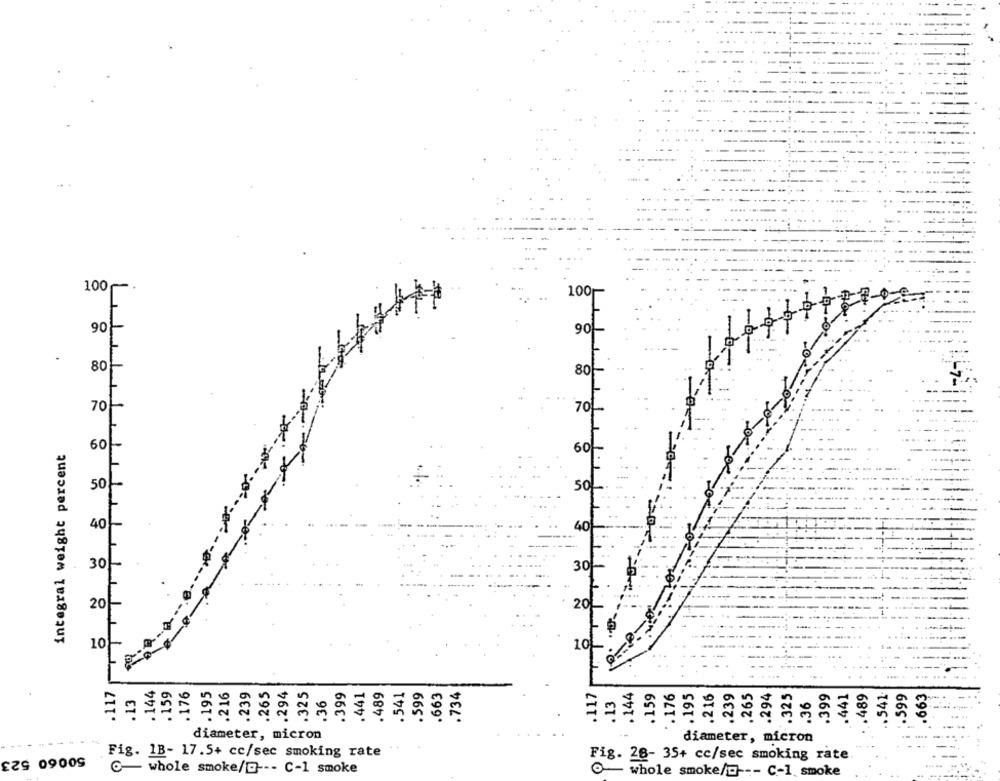
100.
100
90
901-
80
80
70
70
integral weight percent
60
60
50
50
40
60
30
30
20
20
101
10
117
. 144
. 159
. 176
.195
216
.239
.265
.294
.325
.399
.441
.489
.541
.599
.663
.734
.117
. 144
.159
.176
. 195
.239
.265
.294
.325
.399
.441
.489
.541-
.599
.663
13
.36
.13
.216
36
diameter, micron
diameter, micron
50060 523
Fig. 1B- 17.5+ cc/sec smoking rate
Fig. 26- 35+ cc/sec smoking rate
C- whole smoke/@ --- C-1 smoke
O- whole smoke/g --- C-1. smoke